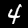
Label: 4